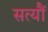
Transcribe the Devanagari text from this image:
सत्यौं